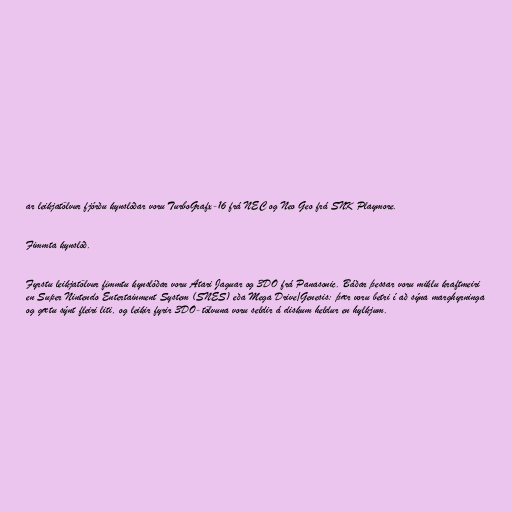
ar leikjatölvur fjórðu kynslóðar voru TurboGrafx-16 frá NEC og Neo Geo frá SNK Playmore.

Fimmta kynslóð.

Fyrstu leikjatölvur fimmtu kynslóðar voru Atari Jaguar og 3DO frá Panasonic. Báðar þessar voru miklu kraftmeiri
en Super Nintendo Entertainment System (SNES) eða Mega Drive/Genesis: þær voru betri í að sýna marghyrninga
og gætu sýnt fleiri liti, og leikir fyrir 3DO-tölvuna voru seldir á diskum heldur en hylkjum.